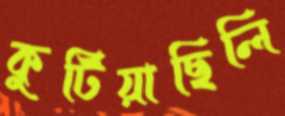
কুটিয়াছিলি